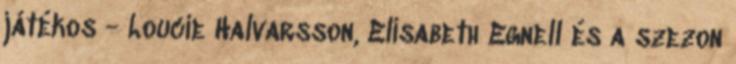
játékos - Loucie Halvarsson, Elisabeth Egnell és a szezon